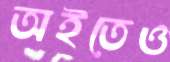
অইতেও